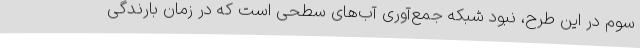
سوم در این طرح، نبود شبکه جمع‌آوری آب‌های سطحی است که در زمان بارندگی